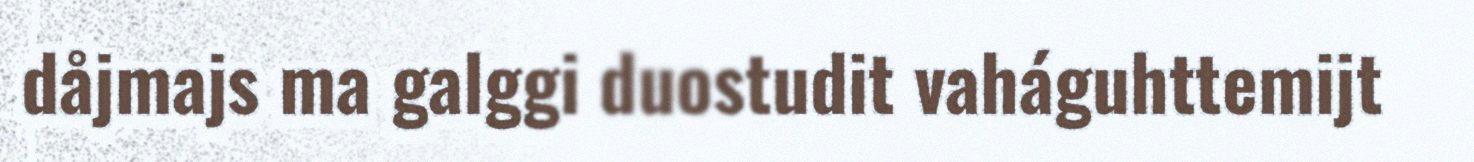
dåjmajs ma galggi duostudit vaháguhttemijt